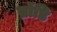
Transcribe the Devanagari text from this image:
ब्रॉडि